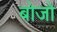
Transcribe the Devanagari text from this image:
बोजो